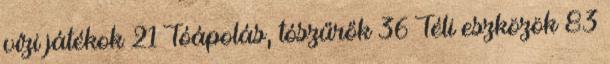
vízi játékok 21 Tóápolás, tószűrők 36 Téli eszközök 83